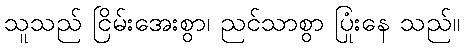
သူသည် ငြိမ်းအေးစွာ၊ ညင်သာစွာ ပြုံးနေ သည်။